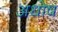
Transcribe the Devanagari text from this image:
अधोष